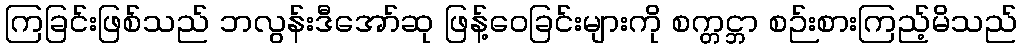
ကြခြင်းဖြစ်သည် ဘလွန်းဒီအော်ဆု ဖြန့်ဝေခြင်းများကို စက္တင္ဘာ စဉ်းစားကြည့်မိသည်